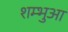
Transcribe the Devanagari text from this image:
शम्भुआ